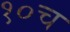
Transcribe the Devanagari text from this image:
१०च